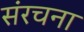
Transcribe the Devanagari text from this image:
संंरचना